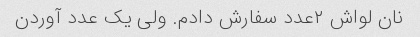
نان لواش ۲عدد سفارش دادم. ولی یک عدد آوردن